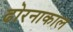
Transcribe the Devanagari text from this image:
ढोरनाकाल